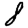
Digit: 8